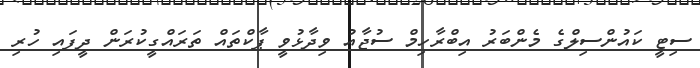
ސިޓީ ކައުންސިލްގެ މެންބަރު އިބްރާހިމް ސުޖާއު ވިދާޅުވީ ޕާކްތައް ތަރައްގީކުރަން ދީފައި ހުރި